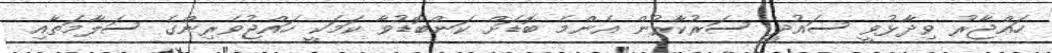
ހައްޖާރު ވިދާޅުވީ ސައުދީ ސަރުކާރުން އެންމެ ބޮޑަށް ކަންބޮޑުވާ ކަމަކީ ހަައްޖުވެރިންގެ ސަލާމަތާއި